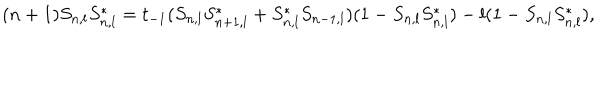
( n + 1 ) S _ { n , l } S _ { n , l } ^ { * } = t _ { - 1 } ( S _ { n , l } S _ { n + 1 , l } ^ { * } + S _ { n , l } ^ { * } S _ { n - 1 , l } ) ( 1 - S _ { n , l } S _ { n , l } ^ { * } ) - l ( 1 - S _ { n , l } S _ { n , l } ^ { * } ) ,